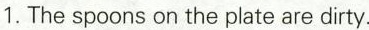
1.The spoons on the plate are dirty.